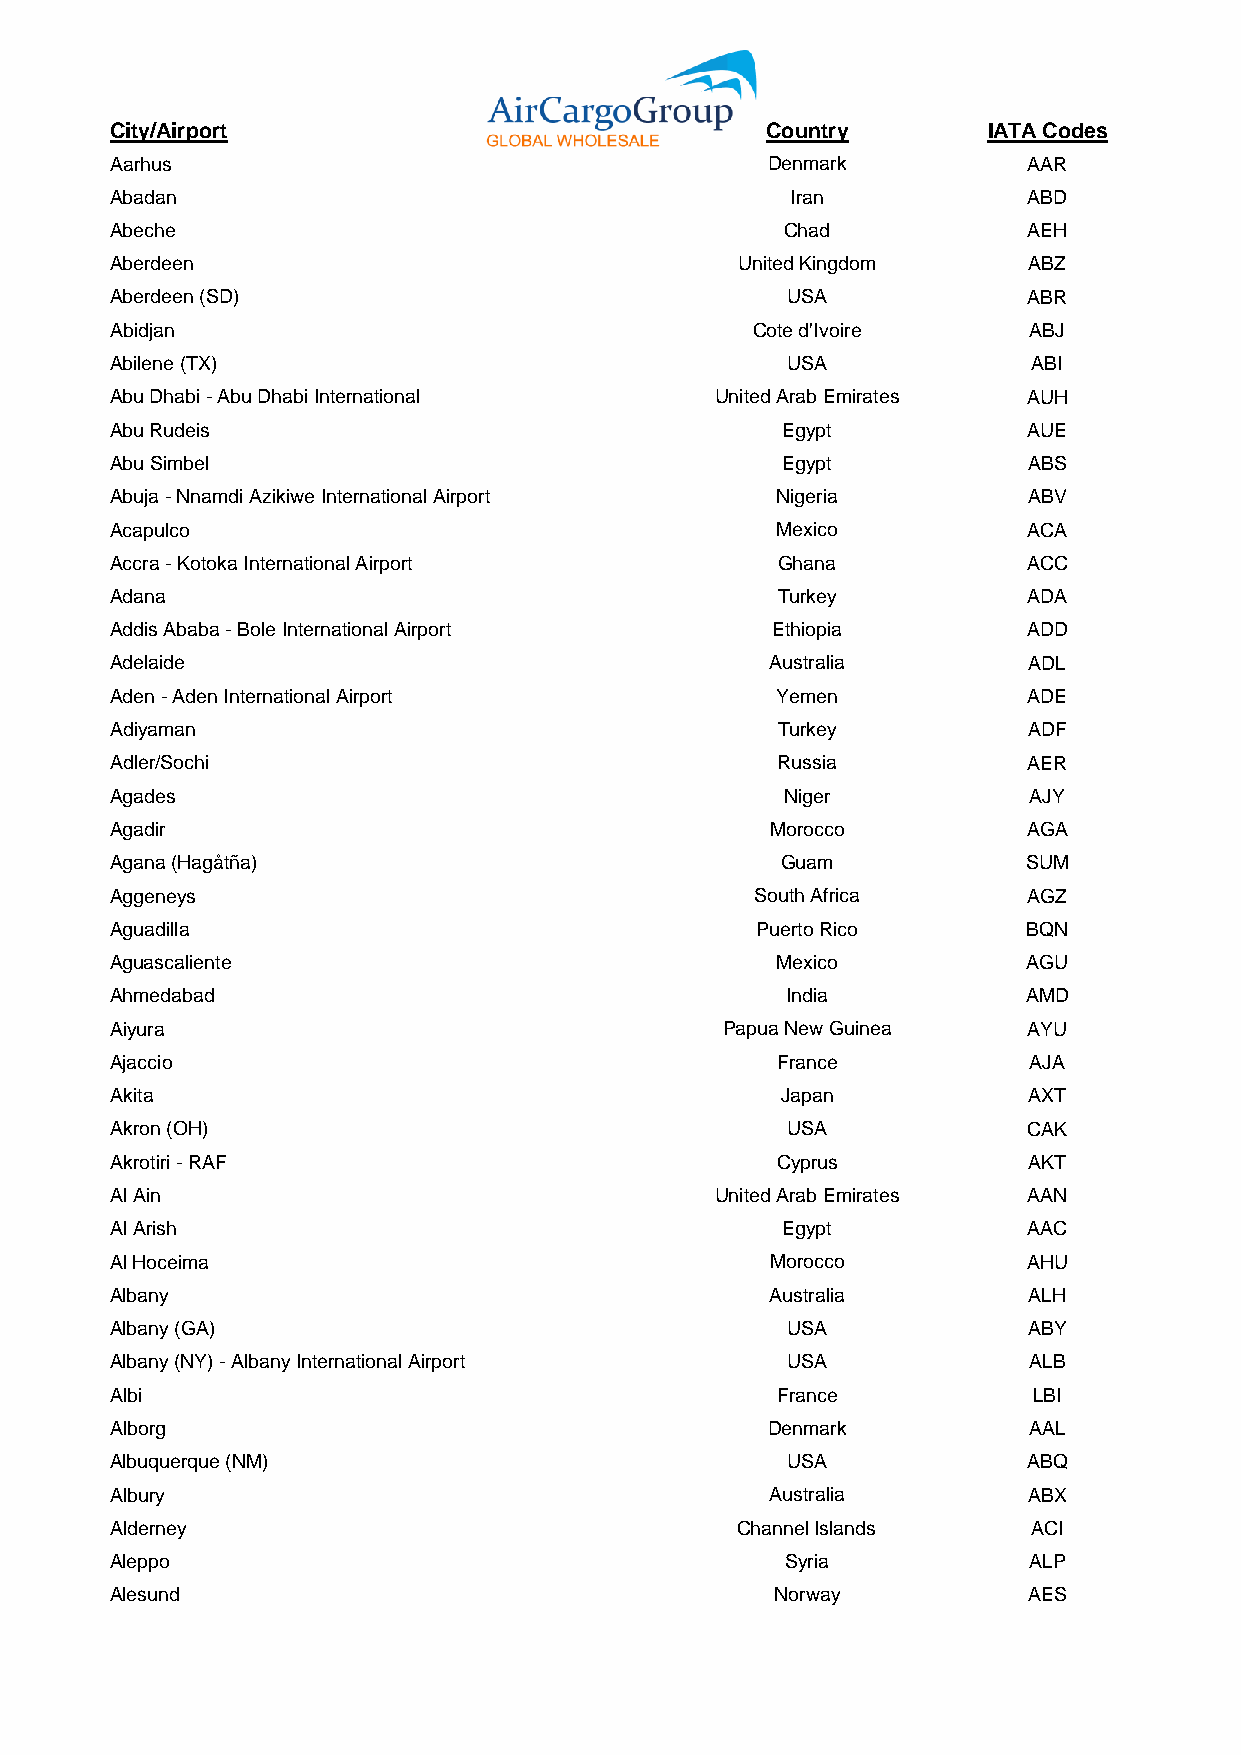
City/Airport                                Country       IATA Codes
 Aarhus                                      Denmark          AAR
 Abadan                                       Iran            ABD
 Abeche                                       Chad            AEH
 Aberdeen                                  United Kingdom     ABZ
 Aberdeen (SD)                                USA             ABR
 Abidjan                                    Cote d'Ivoire     ABJ
 Abilene (TX)                                 USA             ABI
 Abu Dhabi - Abu Dhabi International     United Arab Emirates AUH
 Abu Rudeis                                   Egypt           AUE
 Abu Simbel                                   Egypt           ABS
 Abuja - Nnamdi Azikiwe International Airport Nigeria         ABV
 Acapulco                                    Mexico           ACA
 Accra - Kotoka International Airport        Ghana            ACC
 Adana                                       Turkey           ADA
 Addis Ababa - Bole International Airport    Ethiopia         ADD
 Adelaide                                    Australia        ADL
 Aden - Aden International Airport           Yemen            ADE
 Adiyaman                                    Turkey           ADF
 Adler/Sochi                                 Russia           AER
 Agades                                       Niger           AJY
 Agadir                                      Morocco          AGA
 Agana (Hagåtña)                              Guam            SUM
 Aggeneys                                   South Africa      AGZ
 Aguadilla                                  Puerto Rico       BQN
 Aguascaliente                               Mexico           AGU
 Ahmedabad                                    India           AMD
 Aiyura                                   Papua New Guinea    AYU
 Ajaccio                                     France           AJA
 Akita                                        Japan           AXT
 Akron (OH)                                   USA             CAK
 Akrotiri - RAF                              Cyprus           AKT
 Al Ain                                  United Arab Emirates AAN
 Al Arish                                     Egypt           AAC
 Al Hoceima                                  Morocco          AHU
 Albany                                      Australia        ALH
 Albany (GA)                                  USA             ABY
 Albany (NY) - Albany International Airport   USA             ALB
 Albi                                        France           LBI
 Alborg                                      Denmark          AAL
 Albuquerque (NM)                             USA             ABQ
 Albury                                      Australia        ABX
 Alderney                                  Channel Islands    ACI
 Aleppo                                       Syria           ALP
 Alesund                                     Norway           AES